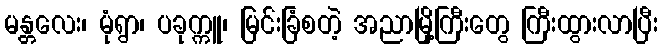
မန္တလေး၊ မုံရွာ၊ ပခုက္ကူ၊ မြင်းခြံစတဲ့ အညာမြို့ကြီးတွေ ကြီးထွားလာပြီး